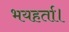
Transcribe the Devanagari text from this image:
भयहर्ता।